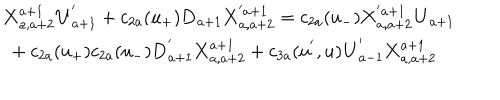
\begin{array} { l } { { { \bf X } _ { a , a + 2 } ^ { a + 1 } { \bf U } _ { a + 1 } ^ { ' } + c _ { 2 a } ( u _ { + } ) { \bf D } _ { a + 1 } { \bf X } _ { a , a + 2 } ^ { ' a + 1 } = c _ { 2 a } ( u _ { - } ) { \bf X } _ { a , a + 2 } ^ { ' a + 1 } { \bf U } _ { a + 1 } } } \\ { { \mathrm { ~ } + c _ { 2 a } ( u _ { + } ) c _ { 2 a } ( u _ { - } ) { \bf D } _ { a + 1 } ^ { ' } { \bf X } _ { a , a + 2 } ^ { a + 1 } + c _ { 3 a } ( u ^ { ' } , u ) { \bf U } _ { a - 1 } ^ { ' } { \bf X } _ { a , a + 2 } ^ { a + 1 } } } \\ \end{array}